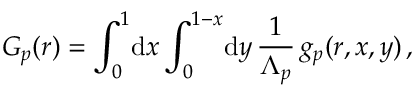
G _ { p } ( r ) = \int _ { 0 } ^ { 1 } \! \mathrm { d } x \int _ { 0 } ^ { 1 - x } \! \mathrm { d } y \, \frac 1 { \Lambda _ { p } } \, g _ { p } ( r , x , y ) \, ,